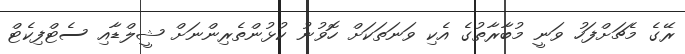
ރޭގެ މެޗަށްފަހު ވަނީ މުބާރާތުގެ އެކި ވަނަތަކަށް ހޮވުނު ކުޅުންތެރިންނަށް ޝީލްޑާއި ސެޓްފިކެޓް